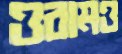
ওরামও